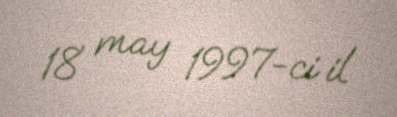
18 may 1997-ci il